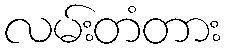
လမ်းတံတား